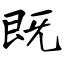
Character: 既